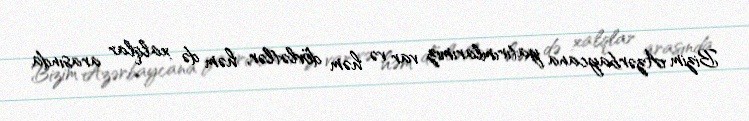
Bizim Azərbaycana yatırımlarımız var və həm dövlətlər, həm də xalqlar arasında